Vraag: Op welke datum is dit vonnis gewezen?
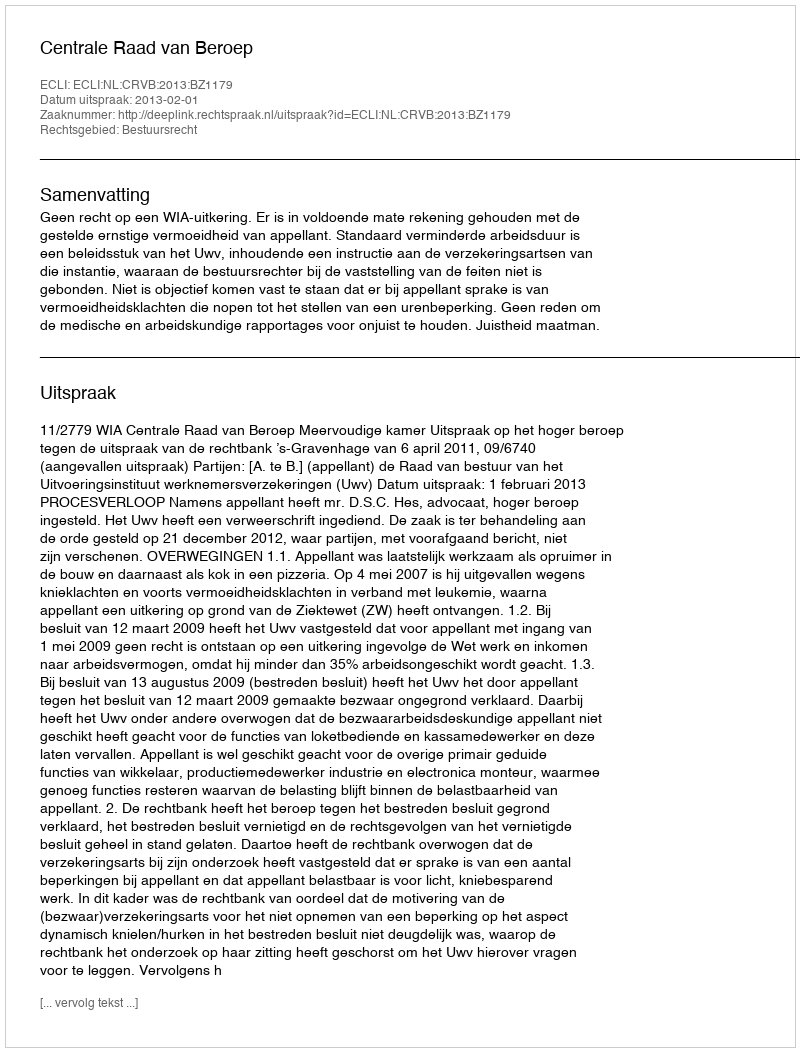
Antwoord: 2013-02-01